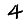
Digit: 4